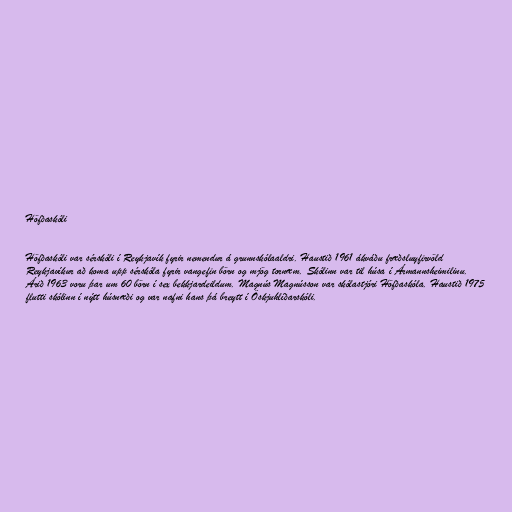
Höfðaskóli

Höfðaskóli var sérskóli í Reykjavík fyrir nemendur á grunnskólaaldri. Haustið 1961 ákváðu fræðsluyfirvöld
Reykjavíkur að koma upp sérskóla fyrir vangefin börn og mjög tornæm. Skólinn var til húsa í Ármannsheimilinu.
Árið 1963 voru þar um 60 börn í sex bekkjardeildum. Magnús Magnússon var skólastjóri Höfðaskóla. Haustið 1975
flutti skólinn í nýtt húsnæði og var nafni hans þá breytt í Öskjuhlíðarskóli.